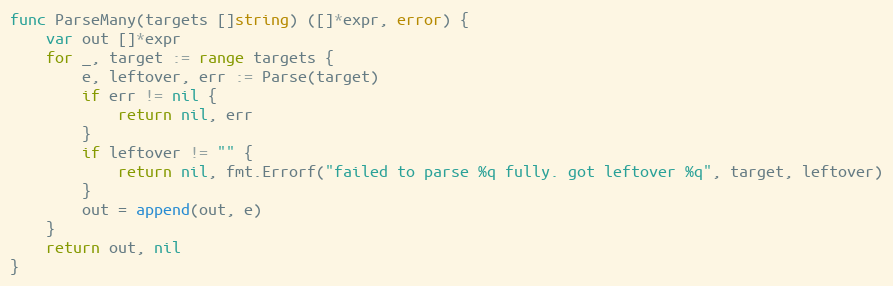
Language: Go
func ParseMany(targets []string) ([]*expr, error) {
	var out []*expr
	for _, target := range targets {
		e, leftover, err := Parse(target)
		if err != nil {
			return nil, err
		}
		if leftover != "" {
			return nil, fmt.Errorf("failed to parse %q fully. got leftover %q", target, leftover)
		}
		out = append(out, e)
	}
	return out, nil
}